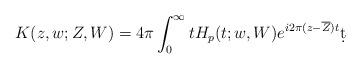
LaTeX: \begin{align*}K(z,w;Z,W) = 4\pi \int_{0}^{\infty} t H_p(t;w,W) e^{i2\pi (z-\overline{Z})t}\d t \end{align*}